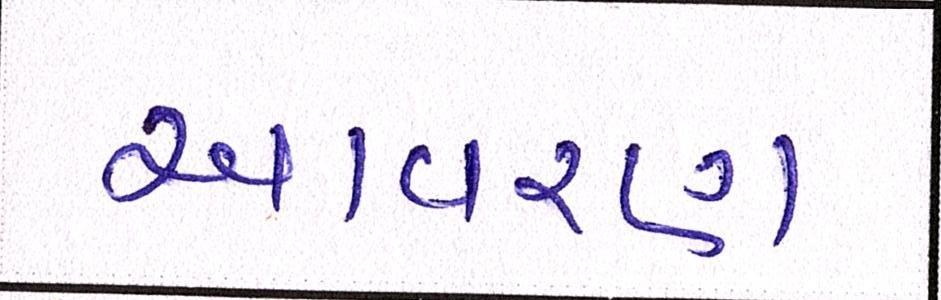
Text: આવરણ